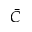
\bar { C }